Vital statistics of India. Vol. IV, Annual returns from 1871 to 1876. British Army of India, Native Army and jails of Bengal
Year: 1871
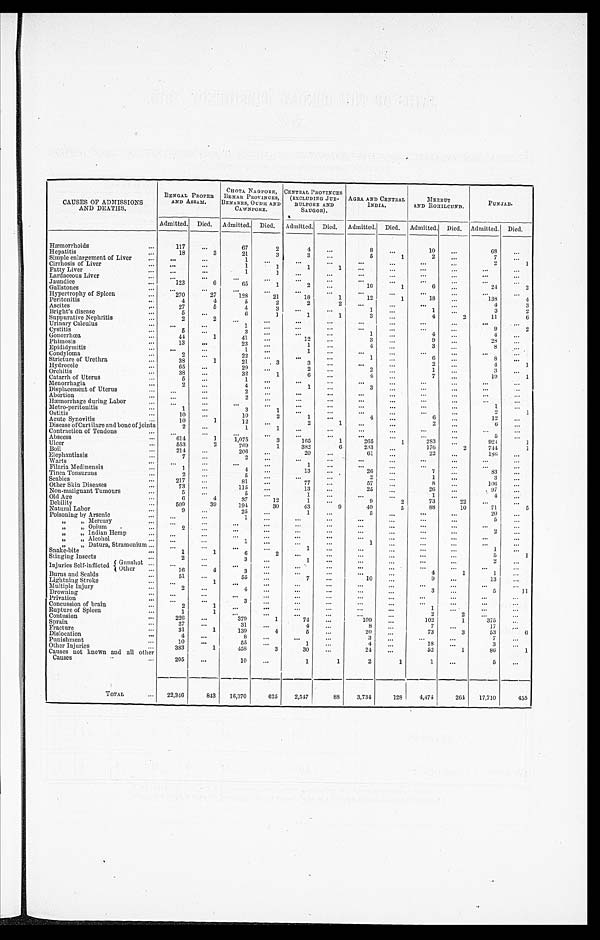
CAUSES OF ADMISSIONS
AND DEATHS.
BENGAL PROPER
AND ASSAM.
CHOTA NAGPORE,
BEHAR PROVINCES,
BENARES, OUDH AND
CAWNPORE.
CENTRAL PROVINCES
(EXCLUDING JUB
BULPORE AND
SAUGOR).
AGRA AND CENTRAL
INDIA.
MEERUT
AND ROHILCUND.
PUNJAB.
Admitted. Died. Admitted. Died. Admitted. Died. Admitted. Died. Admitted. Died.
A d m i t t e d .
Died.
Hæmorrhoids
. . .
117
...
67
2
4
. . .
8
. . .
10
. . .
68
. . .
Hepatitis
. . .
18
3
21
3
3
...
5
1
2
...
7
. . .
Simple enlargement of Liver
. . . ...
...
1
. . .
. . .
. . .
. . .
. . .
. . .
. . .
2
1
Cirrhosis of Liver
. . . ...
. . .
1
1
1
1
...
...
...
...
...
...
Fatty Liver
. . . ...
...
1
1
. . .
. . .
...
. . .
. . .
...
. . .
...
Lardaceous Liver
. . . ...
...
...
. . .
. . .
. . .
...
. . .
. . .
. . .
. . .
. . .
Jaundice
. . .
123
6
65
1
2
. . .
16
1
6
. . .
24
2
Gallstones
. . . ...
. . .
...
. . .
. . .
. . .
. . .
. . .
. . .
. . .
. . .
. . .
Hypertrophy of Spleen
. . .
270
27
128
21
18
1
12
1
18
. . .
138
4
Peritonitis
. . .
4
4
5
2
2
2
. . .
. . .
. . .
...
4
3
Ascites
. . .
27
5
4
3
...
...
1
. . .
1
. . .
3
2
Bright's disease
. . .
5
...
6
1
1
1
3
...
4
2
11
6
Suppurative Nephritis
. . .
2
2
...
...
...
...
...
...
...
...
...
...
Urinary Calculus
. . .
...
...
1
...
. . .
...
...
...
...
. . .
9
2
Cystitis
. . .
5
...
3
...
...
...
1
. . .
4
...
4
...
Gonorrh œa
. . .
44
1
41
. . .
12
. . .
3
...
9
. . .
28
. . .
Phimosis
. . .
13
...
23
...
1
...
4
...
3
...
8
. . .
Epididymitis
. . .
...
. . .
1
...
1
...
...
. . .
...
...
. . .
. . .
Condyloma
. . .
2
...
22
. . .
...
...
1
...
6
...
8
. . .
Stricture of Urethra
. . .
38
1
21
3
3
...
...
. . .
2
...
4
1
Hydrocele
...
65
...
29
. . .
2
. . .
2
...
1
. . .
3
. . .
Orchitis
. . .
38
. . .
32
1
6
...
4
...
7
19
1
Catarrh of Uterus
. . .
5
...
1
...
. . .
...
...
...
. . . ...
. . .
. . .
Menorrhagia
. . .
2
...
4
. . .
1
...
3
...
...
...
. . .
. . .
Displacement of Uterus
. . . ...
. . .
2
...
...
...
...
. . .
...
...
. . .
. . .
Abortion
. . .
...
. . .
2
. . .
. . .
. . .
. . .
...
...
...
. . .
. . .
Hæmorrhage during Labor
. . .
. . .
...
...
...
...
...
...
...
. . .
. . .
1
. . .
Metro-peritonitis
. . .
1
. . .
3
1
. . .
. . .
. . .
. . .
. . .
. . .
2
1
Ostitis
. . .
10
. . .
10
2
1
...
4
...
6
. . .
12
. . .
Acute Synovitis
. . .
10
1
12
. . .
2
1
. . .
. . .
2
. . .
6
. . .
Disease of Cartila ge and bone of joints
2
...
1
1
. . .
. . .
...
...
. . .
. . .
. . .
. . .
Contraction of Tendons
...
...
...
...
...
...
...
...
...
. . .
...
5
. . .
Abscess
. . .
614
1
1,075
3
165
1
265
1
283
. . .
924
1
Ulcer
. . .
553
2
769
1
382
6
233
...
176
2
744
1
Boil
. . .
214
...
206
...
20
...
61
. . .
22
. . .
186
...
Elephantiasis
. . .
7
...
2
...
. . .
...
...
...
. . .
. . .
. . .
. . .
Warts
. . .
. . .
. . .
. . .
. . .
1
. . .
. . .
. . .
. . .
. . .
. . .
. . .
Filaria Medinensis
...
1
...
4
. . .
13
...
26
...
- . 7
...
83
. . .
Tinea Tonsuraus
. . .
2
...
5
. . .
. . .
. . .
2
...
1
. . .
3
. . .
Scabies
. . .
217
...
81
...
77
. . .
57
. . .
8
. . .
106
...
Other Skin Diseases
...
73
...
115
. . .
13
. . .
25
...
26
. . .
97
. . .
Non-malignant Tumours
...
5
...
5
. . .
1
...
...
. . .
1
. . .
4
...
Old Age
. . .
6
4
37
12
1
. . .
9
2
73
22
...
. . .
Debility
. . .
509
39
194
30
43
9
49
5
88
10
71
5
Natural Labor
...
9
. . .
25
. . .
1
. . .
5
. . . ...
...
20
...
Poisoning by Arsenic
. . .
...
. . .
1
. . . .
...
...
...
. . .
. . .
. . .
5
. . .
„
„ Mercury
. . .
. . .
. . .
. . .
. . .
. . .
...
...
. . .
...
. . .
. . .
...
„
„ Opium
...
2
...
. . .
. . .
. . .
. . .
. . .
. . .
. . .
. . .
2
. . .
„
„ Indian Hemp
...
...
...
. . .
. . .
. . .
. . .
...
. . .
. . .
. . .
. . .
. . .
„
„ Alcohol
...
. . .
1
...
. . .
. . .
1
. . .
...
. . .
...
. . .
, ,
, , Datura, Stramonium ...
. . .
. . .
. . .
. . .
1
. . .
. . .
. . .
. . .
. . .
1
...
Snake-bite
...
1
1
6
2
...
...
.
. . . -
. . .
...
. . .
5
1
Stinging Insects
...
2
...
3
. . .
. . . 1
...
...
...
. . .
. . .
2
. . .
Injuries Self-inflicted
G u n s h o t . . .
...
...
. . .
. . .
. . .
...
. . .
...
...
. . .
. . .
. . .
Other
. . .
16
4
3
. . .
...
. . .
. . . .
...
4
1
1
. . .
Burns and Scalds
...
51
...
55
. . .
7
...
10
...
9
. . .
13
. . .
Lightning Stroke
...
. . .
1
...
. . .
. . .
. . .
. . .
. . .
. . .
. . .
. . .
. . .
Multiple Injury
. . .
2
...
4
...
...
...
...
...
3
. . .
5
11
Drowning
...
...
. . .
...
. . .
. . .
...
...
. . .
. . .
. . . ...
...
Privation
...
...
. . .
3
...
...
...
...
...
. . .
. . .
. . .
. . .
Concussion of brain
. . .
2 I
1
...
. . .
...
...
...
. . .
1
. . . ...
...
Rupture of Spleen
. . .
1
1
...
. . .
. . .
...
...
. . .
2
2
. . .
. . .
Contusion
. . .
226
...
379
1
. . .
...
109
. . .
102
1
375
...
Sprain
. . .
37
. . .
31
...
4
...
8
...
7
...
3 7 5
...
Fracture
...
31
1
139
4
5
...
20
. . .
73
3
. . .
6
Dislocation
. . .
4
...
8
...
...
3
. . .
. . .
. . .
7
. . .
Punishment
10
. . .
55
...
1
...
4
...
18
. . .
3
. . .
Other Injuries
...
383
1
458
3
30
. . .
24
...
52
1
86
1
Causes not known and all other
205
...
10
...
1
1
2
1
1
. . .
5
. . .
Causes
...
TOTAL
...
22,346
843
16,370
625
2,547
88
3,734
128
4,474
264 17,710
455